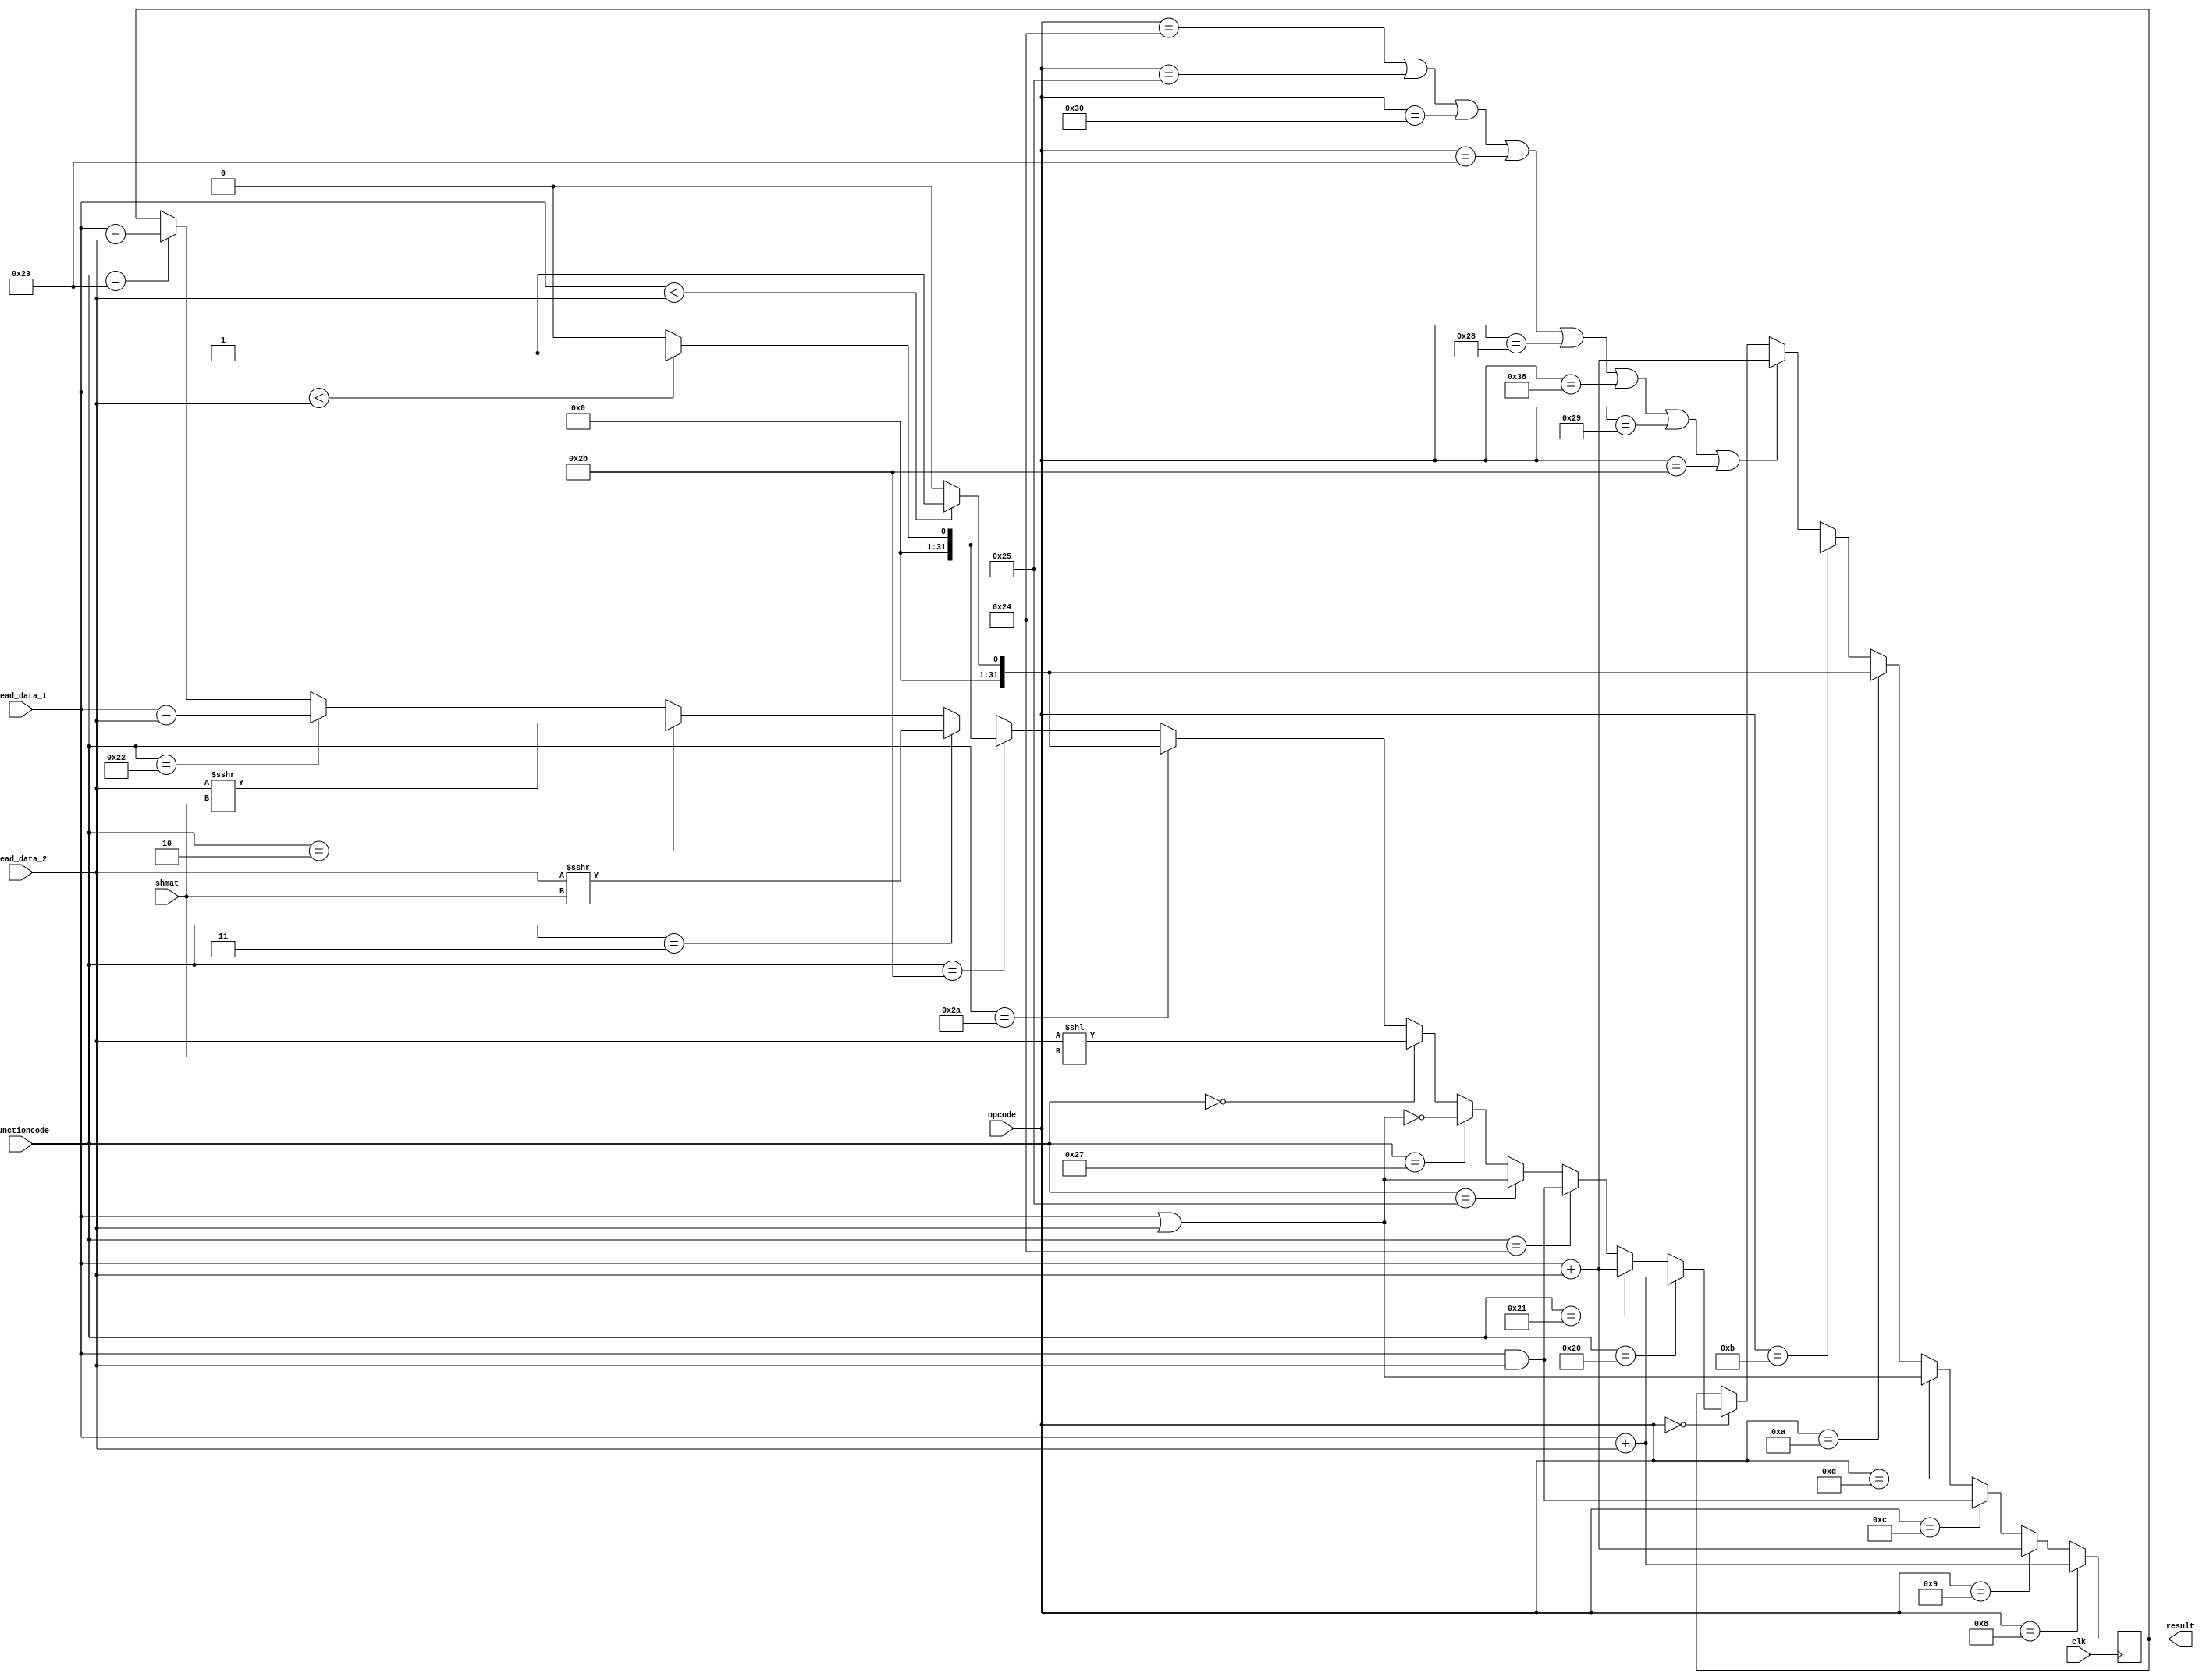
module ALU (result, read_data_1, read_data_2,shmat,opcode,functioncode,clk);
	input [31:0] read_data_1;
	input [31:0] read_data_2;
	input [4:0] shmat;
	input [5:0] opcode;
	input [5:0] functioncode;
	input clk;
	output reg[31:0] result;
	reg signed [31:0] temp1;
	reg signed [31:0] temp2;
	reg signed [31:0] signed_result;
	
	always@(posedge clk)
		begin
		if(opcode==6'b001000)						// addi
			begin
			temp1=read_data_1;
			temp2=read_data_2;
			signed_result=temp1+temp2;
			result=signed_result;
			end
		else if(opcode==6'b001001)					// addiu
			result=read_data_1+read_data_2;
		else if(opcode==6'b001100)					// andi
			result=read_data_1&read_data_2;
		else if(opcode==6'b001101)					// ori
			result=read_data_1|read_data_2;
		else if(opcode==6'b001010)					// slti
			begin
			temp1=read_data_1;
			temp2=read_data_2;
			if(temp1<temp2)
				result=32'b1;
			else
				result=32'b0;
			end
		else if(opcode==6'b001011)					// sltiu
			begin
				if(read_data_1<read_data_2)
					result=32'b1;
				else
					result=32'b0;
			end
		else if(opcode==6'b100100 |opcode==6'b100101 |opcode==6'b110000 | opcode==6'b100011 // Memory
		| opcode==6'b101000 | opcode==6'b111000 | opcode==6'b101001 | opcode==6'b101011)	// Memory
			result=read_data_1+read_data_2;
		else if(opcode==6'b000000)					// R-types
			begin
			if(functioncode==6'b100000) //add
				begin
				temp1=read_data_1;
				temp2=read_data_2;
				signed_result=temp1+temp2;
				result=signed_result;
				end
			else if(functioncode==6'b100001) //addu
				result=read_data_1+read_data_2;
			else if(functioncode==6'b100100) //and
				result=read_data_1 & read_data_2;
			else if(functioncode==6'b100101) // or
				result=read_data_1 | read_data_2;
			else if(functioncode==6'b100111) // nor
				result=~(read_data_1 | read_data_2);
			else if(functioncode==6'b000000) // sll
				result=read_data_2 << shmat;
			else if(functioncode==6'b101010) // slt
				begin
				temp1=read_data_1;
				temp2=read_data_2;
				if(temp1<temp2)
					result=32'b1;
				else
					result=32'b0;
				end
			else if(functioncode==6'b101011)	// sltu
				begin
				if(read_data_1<read_data_2)
					result=32'b1;
				else
					result=32'b0;
				end
			else if(functioncode==6'b000011)	//sra
				result= $signed(read_data_2) >>> shmat;
			else if(functioncode==6'b000010) //srl
				result= read_data_2 >>> shmat;
			else if(functioncode==6'b100010) //sub
				begin
				temp1=read_data_1;
				temp2=read_data_2;
				signed_result=temp1-temp2;
				result=signed_result;
				end
			else if(functioncode==6'b100011) // subu
				result= read_data_1-read_data_2;
			end
		end
endmodule